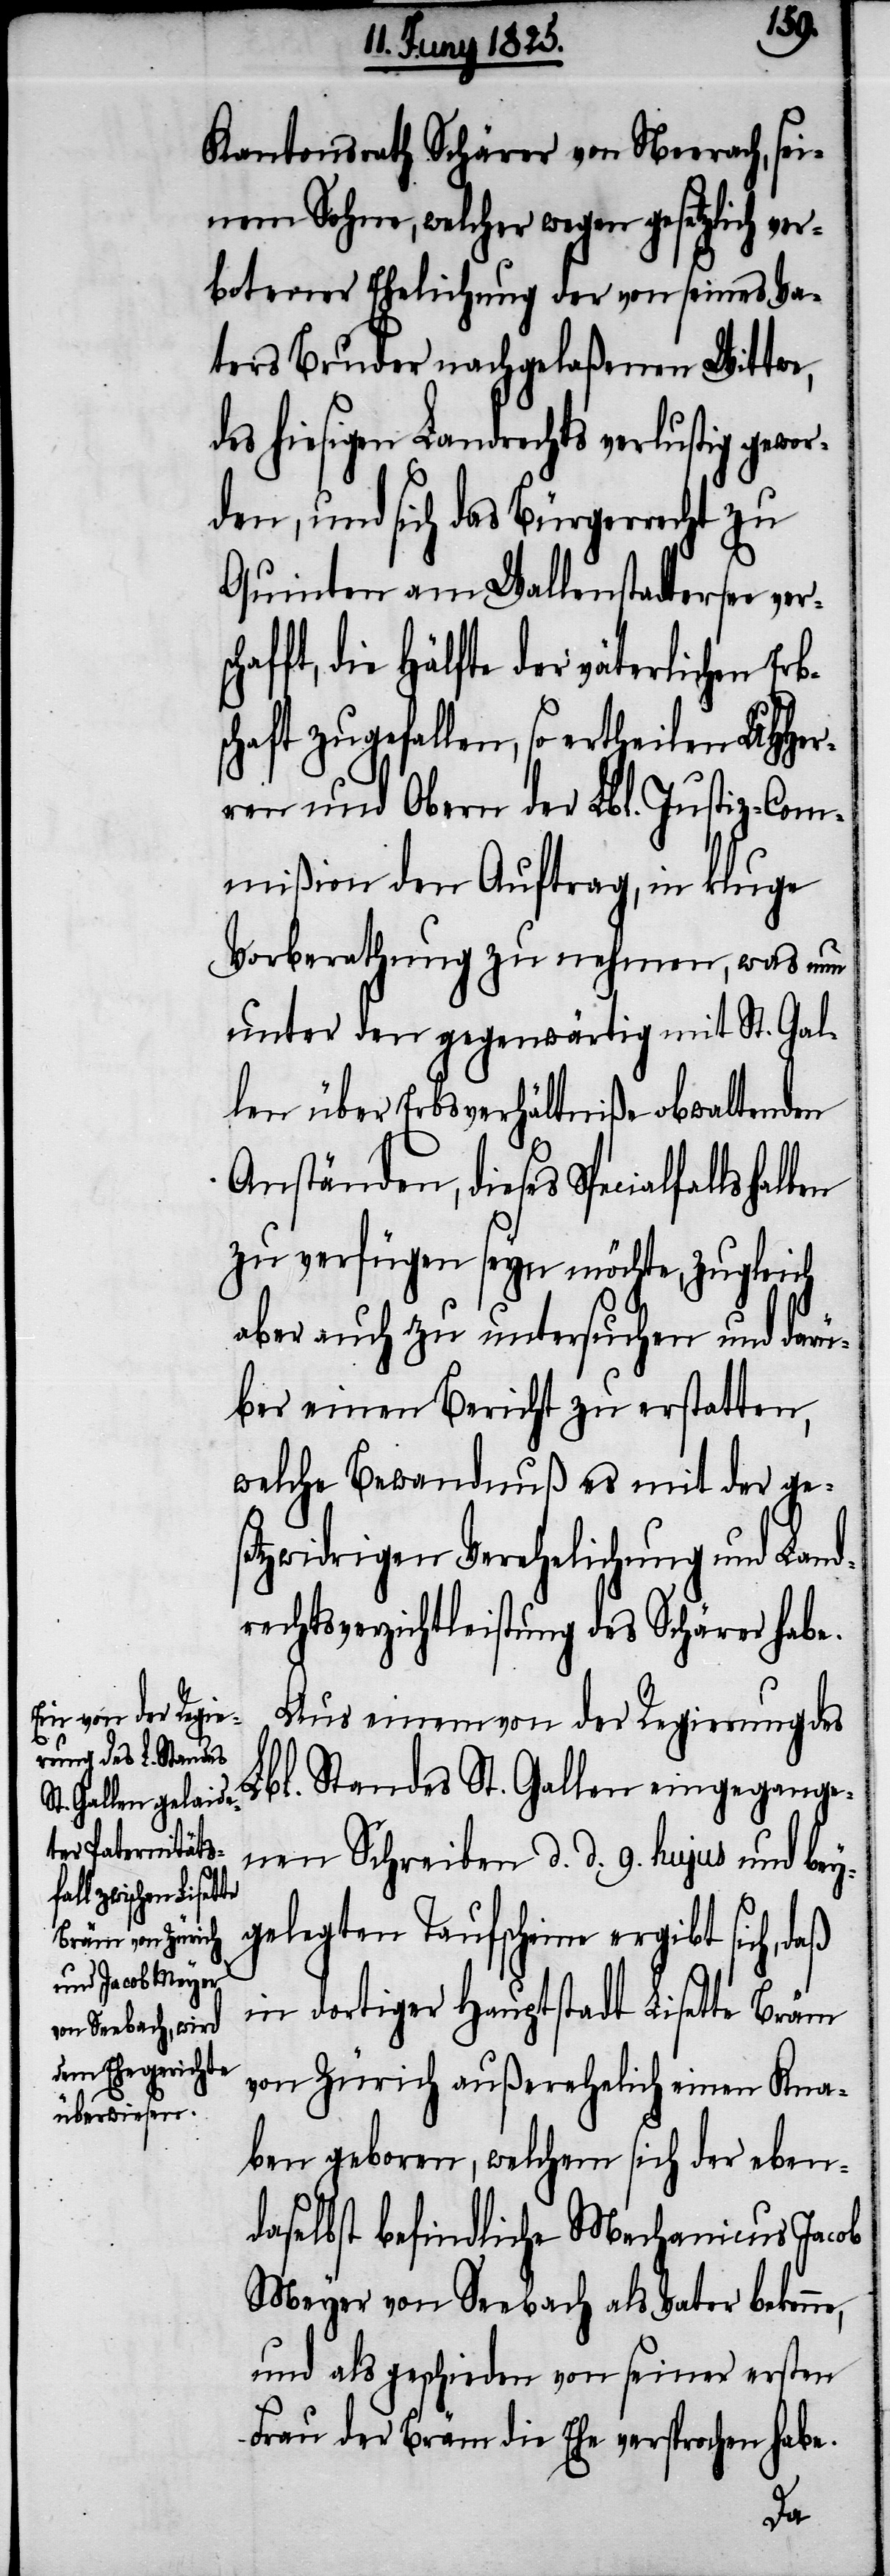
bs¬
Kantonsrath Schärer von Neerach, sei¬
nem Sohne, welcher wegen gesetzlich ver¬
botener Ehelichung der von seines Va¬
ters Bruder nachgelaßenen Wittwe,
des hiesigen Landrechts verlustig gewor¬
den, und sich das Bürgerrecht zu
Quinten am Wallenstadtersee ver¬
fft, die Hälfte der väterlichen Er¬
chaft zugefallen, so ertheilen UHHer¬
ren und Obern der Lbl. Justiz-Com¬
mißion den Auftrag, in kluge
Vorberathung zu nehmen, was nun
unter den gegenwärtig mit St. Gal¬
len über Erbsverhältniße obwaltenden
Anständen, dieses Specialfalls
zu verfügen seyn möchte. Zugleich
aber auch zu untersuchen und darü¬
ber einen Bericht zu erstatten,
welche Bewandnuß es mit der ges¬
etzwidrigen Verehelichung und Land¬
rechtsverzichtleistung des Schärer habe.
Aus einem von der Regierung des
Lbl. Standes St. Gallen eingegange¬
nen Schreiben d. d. 9. hujus und bey¬
gelegten Taufscheine ergibt sich, daß
in dortiger Hauptstadt Lisette Bräm
von Zürich außerehelich einen Kna¬
ben geboren, welchem sich der eben¬
daselbst befindliche Mechanicus Jacob
Meyer von Seebach als Vater bekenne,
und als geschieden von seiner ersten
Frau der Bräm die Ehe versprochen habe.
scha¬